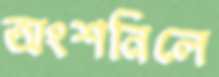
অংশনিলে